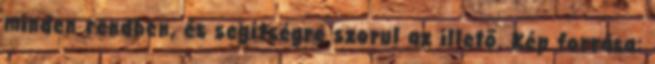
minden rendben, és segítségre szorul az illető. Kép forrása: